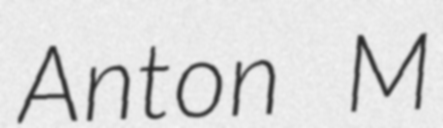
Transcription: Anton M